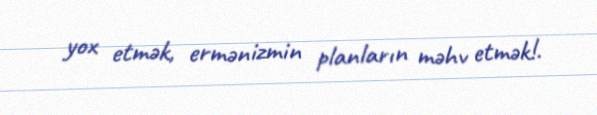
yox etmək, ermənizmin planların məhv etmək!.